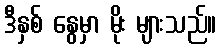
ဒီနှစ် နွေမှာ မိုး များသည်။